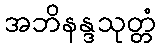
အဘိနန္ဒသုတ္တံ